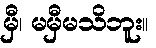
မှီ၊ မမှီမသိဘူး။